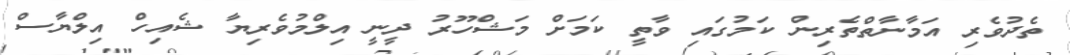
ތެދުވެރި އަމާނާތްތެރިން ކަމުގައި ވާތީ ކަމަށް މަޝްހޫރު ދީނީ އިލްމުވެރިޔާ ޝެއިހް އިލްޔާސް